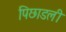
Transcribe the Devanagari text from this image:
पिछाडली